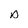
Character: p